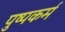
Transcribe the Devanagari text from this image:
पुष्पकर्म